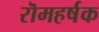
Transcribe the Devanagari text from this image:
रॊमहर्षक